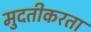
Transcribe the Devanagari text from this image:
मुदतीकरता